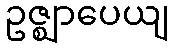
ဥဇ္ဈာပေယျ